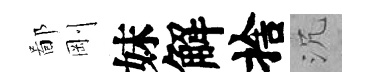
鄙剛妹解捨沉